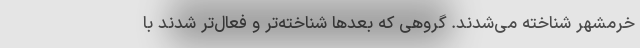
خرمشهر شناخته می‌شدند. گروهی که بعدها شناخته‌تر و فعال‌تر شدند با